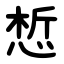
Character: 惁